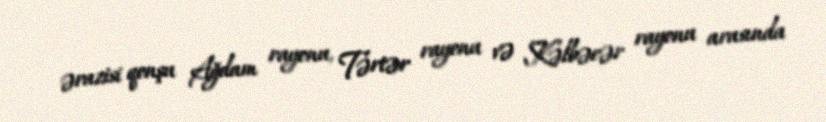
ərazisi qonşu Ağdam rayonu, Tərtər rayonu və Kəlbəcər rayonu arasında